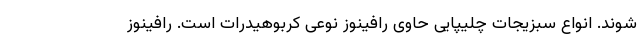
شوند. انواع سبزیجات چلیپایی حاوی رافینوز نوعی کربوهیدرات است. رافینوز